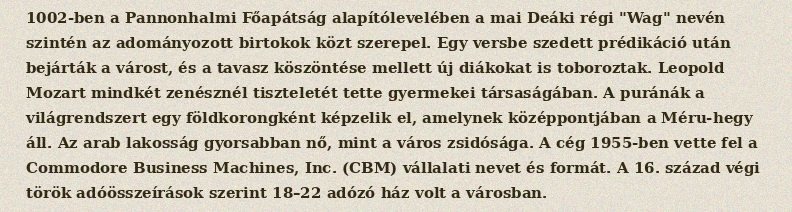
1002-ben a Pannonhalmi Főapátság alapítólevelében a mai Deáki régi "Wag" nevén szintén az adományozott birtokok közt szerepel. Egy versbe szedett prédikáció után bejárták a várost, és a tavasz köszöntése mellett új diákokat is toboroztak. Leopold Mozart mindkét zenésznél tiszteletét tette gyermekei társaságában. A puránák a világrendszert egy földkorongként képzelik el, amelynek középpontjában a Méru-hegy áll. Az arab lakosság gyorsabban nő, mint a város zsidósága. A cég 1955-ben vette fel a Commodore Business Machines, Inc. (CBM) vállalati nevet és formát. A 16. század végi török adóösszeírások szerint 18–22 adózó ház volt a városban.